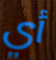
أي